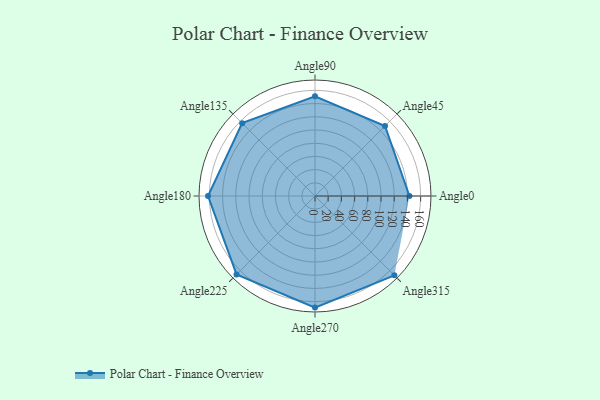
{"axis": {"x": "Angle", "y": "Radius"}, "legend": [""], "data": [{"x": "Angle0", "y": 143.0, "type": ""}, {"x": "Angle45", "y": 150.0, "type": ""}, {"x": "Angle90", "y": 151.0, "type": ""}, {"x": "Angle135", "y": 156.0, "type": ""}, {"x": "Angle180", "y": 162.0, "type": ""}, {"x": "Angle225", "y": 168.0, "type": ""}, {"x": "Angle270", "y": 169.0, "type": ""}, {"x": "Angle315", "y": 170, "type": ""}]}